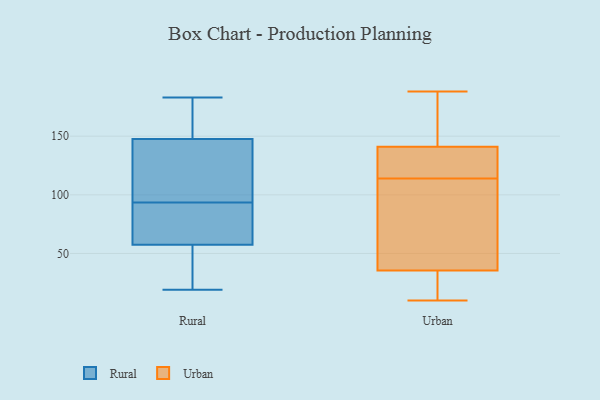
{"axis": {"x": "Net Income (USD K)", "y": "Value"}, "legend": ["Rural", "Urban"], "data": [{"x": "", "y": 166, "type": "Rural"}, {"x": "", "y": 159, "type": "Rural"}, {"x": "", "y": 160, "type": "Rural"}, {"x": "", "y": 45, "type": "Rural"}, {"x": "", "y": 104, "type": "Rural"}, {"x": "", "y": 54, "type": "Rural"}, {"x": "", "y": 71, "type": "Rural"}, {"x": "", "y": 136, "type": "Rural"}, {"x": "", "y": 80, "type": "Rural"}, {"x": "", "y": 19, "type": "Rural"}, {"x": "", "y": 61, "type": "Rural"}, {"x": "", "y": 101, "type": "Rural"}, {"x": "", "y": 183, "type": "Rural"}, {"x": "", "y": 86, "type": "Rural"}, {"x": "", "y": 21, "type": "Rural"}, {"x": "", "y": 118, "type": "Rural"}, {"x": "", "y": 149, "type": "Urban"}, {"x": "", "y": 33, "type": "Urban"}, {"x": "", "y": 21, "type": "Urban"}, {"x": "", "y": 132, "type": "Urban"}, {"x": "", "y": 74, "type": "Urban"}, {"x": "", "y": 114, "type": "Urban"}, {"x": "", "y": 188, "type": "Urban"}, {"x": "", "y": 10, "type": "Urban"}, {"x": "", "y": 43, "type": "Urban"}, {"x": "", "y": 141, "type": "Urban"}, {"x": "", "y": 141, "type": "Urban"}]}